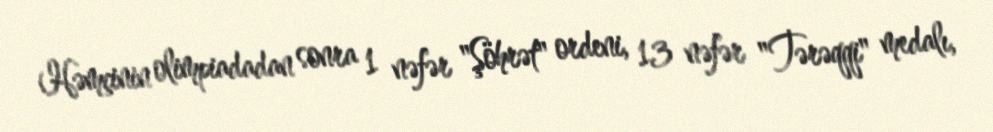
Həmçinin olimpiadadan sonra 1 nəfər "Şöhrət" ordeni, 13 nəfər "Tərəqqi" medalı,